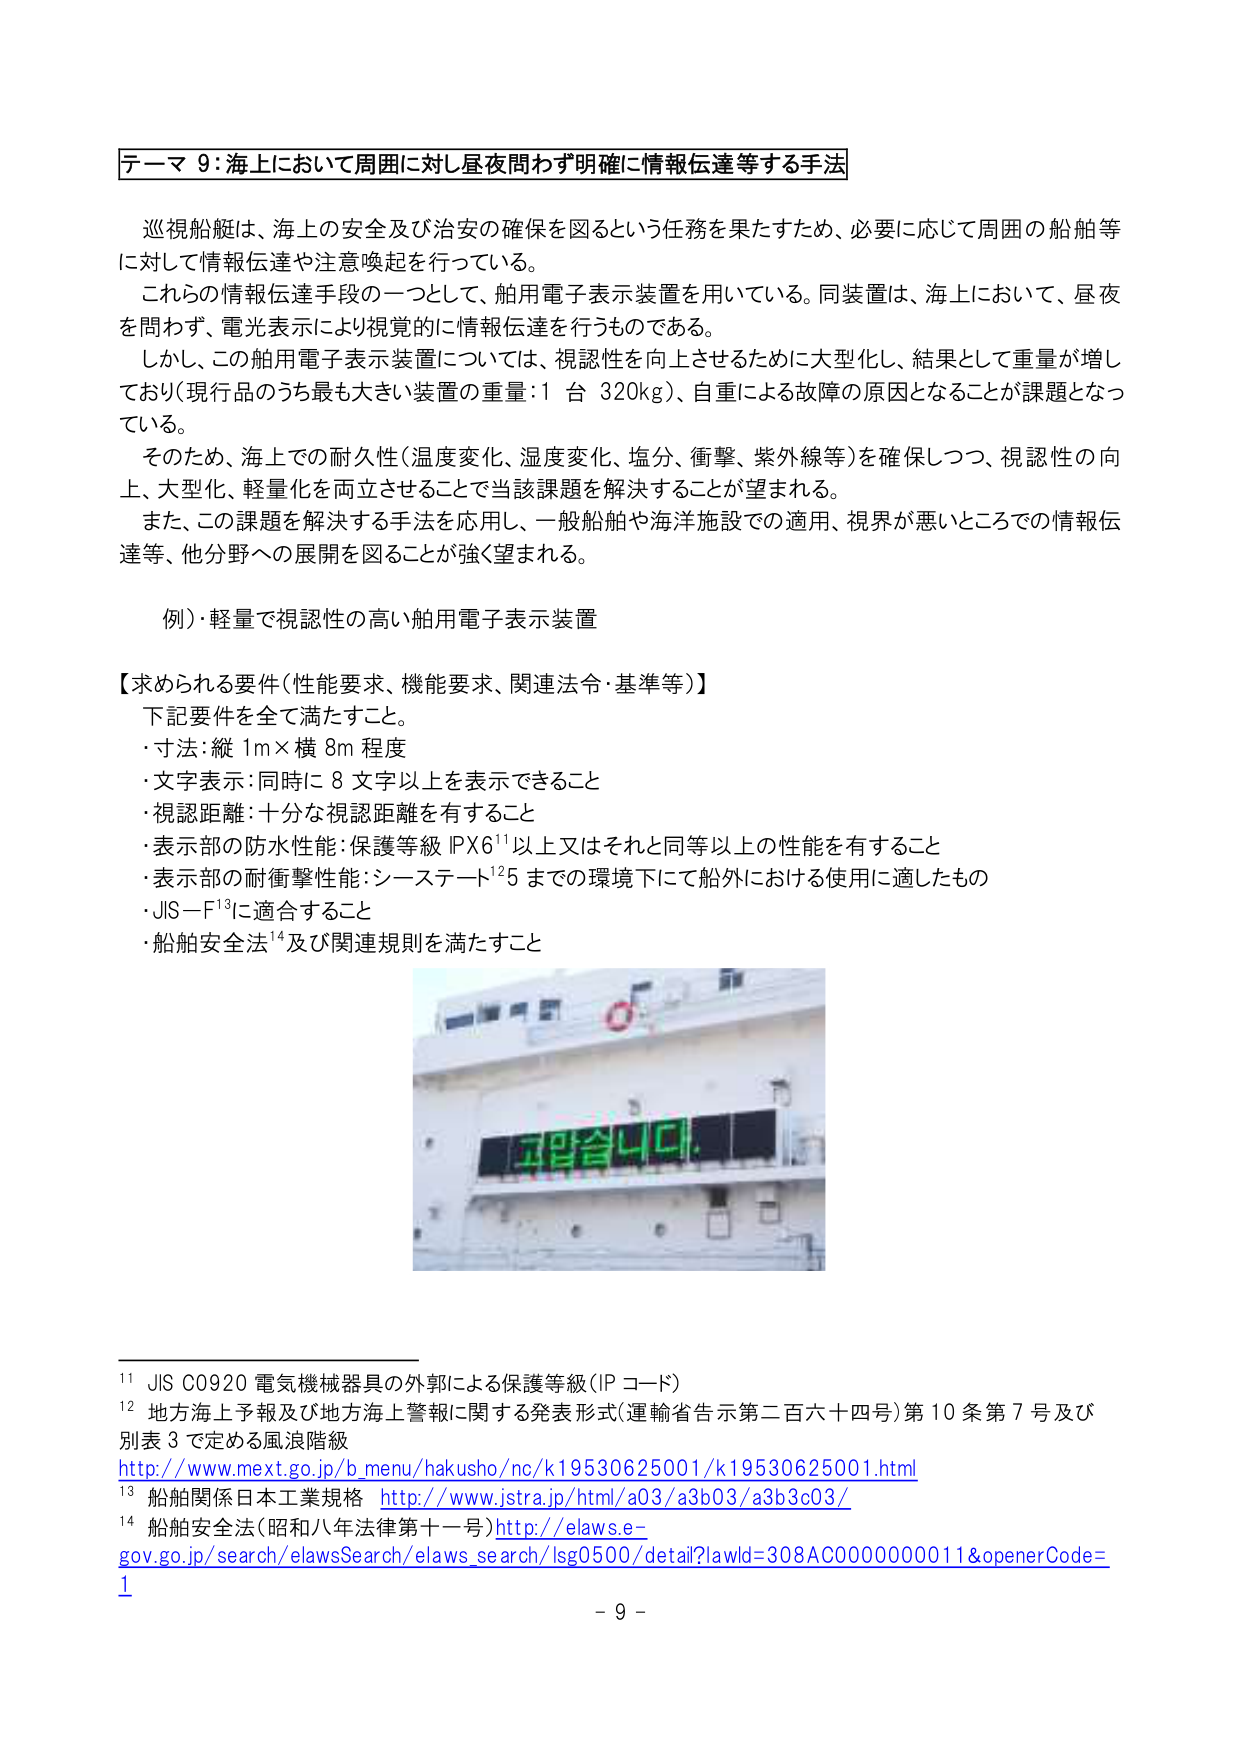
テーマ９：海上において周囲に対し昼夜問わず明確に情報伝達等する手法

巡視船艇は、海上の安全及び治安の確保を図るという任務を果たすため、必要に応じて周囲の船舶等に対して情報伝達や注意喚起を行っている。
これらの情報伝達手段の一つとして、舶用電子表示装置を用いている。同装置は、海上において、昼夜を問わず、電光表示により視覚的に情報伝達を行うものである。
しかし、この舶用電子表示装置については、視認性を向上させるために大型化し、結果として重量が増しており（現行品のうち最も大きい装置の重量：1台 320kg）、自重による故障の原因となることが課題となっている。
そのため、海上での耐久性（温度変化、湿度変化、塩分、衝撃、紫外線等）を確保しつつ、視認性の向上、大型化、軽量化を両立させることで当該課題を解決することが望まれる。
また、この課題を解決する手法を応用し、一般船舶や海洋施設での適用、視界が悪いところでの情報伝達等、他分野への展開を図ることが強く望まれる。

例）軽量で視認性の高い舶用電子表示装置

【求められる要件（性能要求、機能要求、関連法令・基準等）】
下記要件を全て満たすこと。
・寸法：縦1m×横8m程度
・文字表示：同時に8文字以上を表示できること
・視認距離：十分な視認距離を有すること
・表示部の防水性能：保護等級IPX6¹¹以上又はそれと同等以上の性能を有すること
・表示部の耐衝撃性能：シーステート¹²5までの環境下にて船外における使用に適したもの
・JIS－F¹³に適合すること
・船舶安全法¹⁴及び関連規則を満たすこと

고맙습니다.

¹¹ JIS C0920 電気機械器具の外郭による保護等級（IPコード）
¹² 地方海上予報及び地方海上警報に関する発表形式（運輸省告示第二百六十四号）第10条第7号及び別表3で定める風浪階級
http://www.mext.go.jp/b_menu/hakusho/nc/k19530625001/k19530625001.html
¹³ 船舶関係日本工業規格 http://www.jstra.jp/html/a03/a3b03/a3b3c03/
¹⁴ 船舶安全法（昭和八年法律第十一号）http://elaws.e-
gov.go.jp/search/elawsSearch/elaws_search/lsg0500/detail?lawId=308AC0000000011&openerCode=1

- 9 -